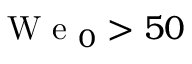
\mathrm { ~ W ~ e ~ } _ { 0 } > 5 0